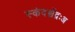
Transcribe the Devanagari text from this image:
स्कंदश्चेंद्रःअ